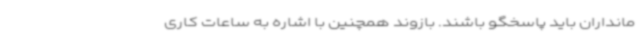
مانداران باید پاسخگو باشند. بازوند همچنین با اشاره به ساعات کاری